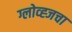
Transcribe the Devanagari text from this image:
ग्लोव्ह्जचा